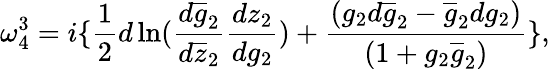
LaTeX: \omega_{4}^{3}=i\{ \frac{1}{2}d\ln(\frac{d\overline{{{g}}}_{2}}{d\overline{{{z}}}_{2}}\frac{dz_{2}}{dg_{2}})+\frac{(g_{2}d\overline{{{g}}}_{2}-\overline{{{g}}}_{2}dg_{2})}{(1+g_{2}\overline{{{g}}}_{2})}\} ,